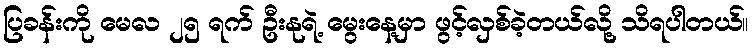
ပြခန်းကို မေလ ၂၅ ရက် ဦးနုရဲ့ မွေးနေ့မှာ ဖွင့်လှစ်ခဲ့တယ်လို့ သိရပါတယ်။